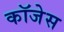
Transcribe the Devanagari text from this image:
कॉजेस